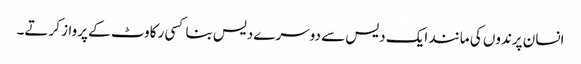
انسان پرندوں کی مانند ایک دیس سے دوسرے دیس بنا کسی رکاوٹ کے پرواز کرتے۔